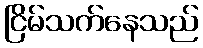
ငြိမ်သက်နေသည်